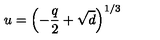
u = \left( - \frac { q } { 2 } + \sqrt { d } \right) ^ { 1 / 3 }